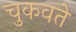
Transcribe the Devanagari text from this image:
चुकवते